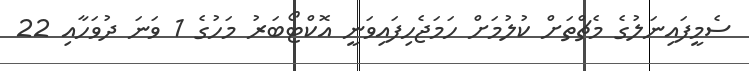
ސެމީފައިނަލުގެ މެޗްތަށް ކުލުމަށް ހަމަޖެހިފައިވަނީ އޮކްޓޯބަރު މަހުގެ 1 ވަނަ ދުވަހާއި 22